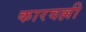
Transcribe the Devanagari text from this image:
कारवल्ली